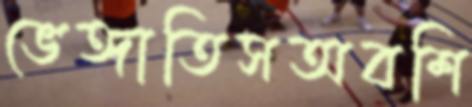
ভেঙ্গাতিসঅবশি